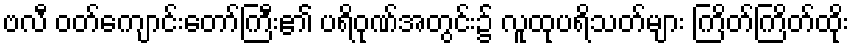
ဗလီ ဝတ်ကျောင်းတော်ကြီး၏ ပရိဝုဏ်အတွင်း၌ လူထုပရိသတ်များ ကြိတ်ကြိတ်ထိုး